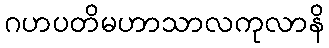
ဂဟပတိမဟာသာလကုလာနိ